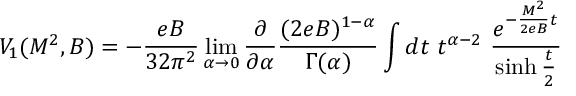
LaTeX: V _ { 1 } ( M ^ { 2 } , B ) = - \frac { e B } { 3 2 \pi ^ { 2 } } \operatorname * { l i m } _ { \alpha \rightarrow 0 } \frac { \partial } { \partial \alpha } \frac { ( 2 e B ) ^ { 1 - \alpha } } { \Gamma ( \alpha ) } \int d t \, \, t ^ { \alpha - 2 } \, \, \frac { { e } ^ { - \frac { M ^ { 2 } } { 2 e B } t } } { \sinh \frac { t } { 2 } }